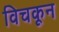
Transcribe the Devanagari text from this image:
विचकून